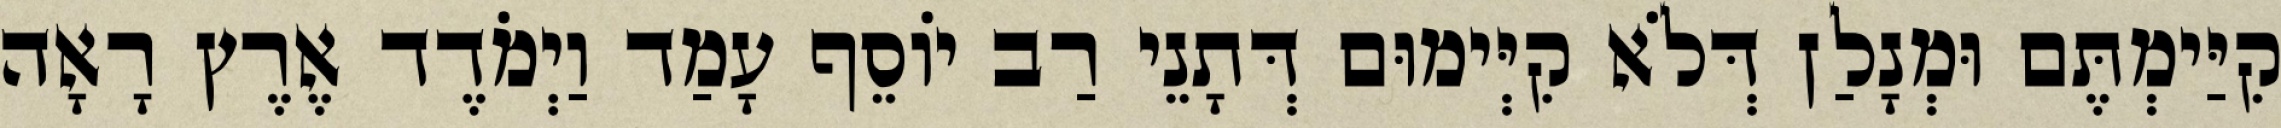
קִיַּימְתֶּם וּמְנָלַן דְּלֹא קִיְּימוּם דְּתָנֵי רַב יוֹסֵף עָמַד וַיְמֹדֶד אֶרֶץ רָאָה